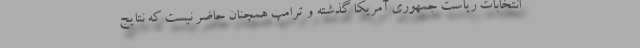
انتخابات ریاست جمهوری آمریکا گذشته و ترامپ همچنان حاضر نیست که نتایج